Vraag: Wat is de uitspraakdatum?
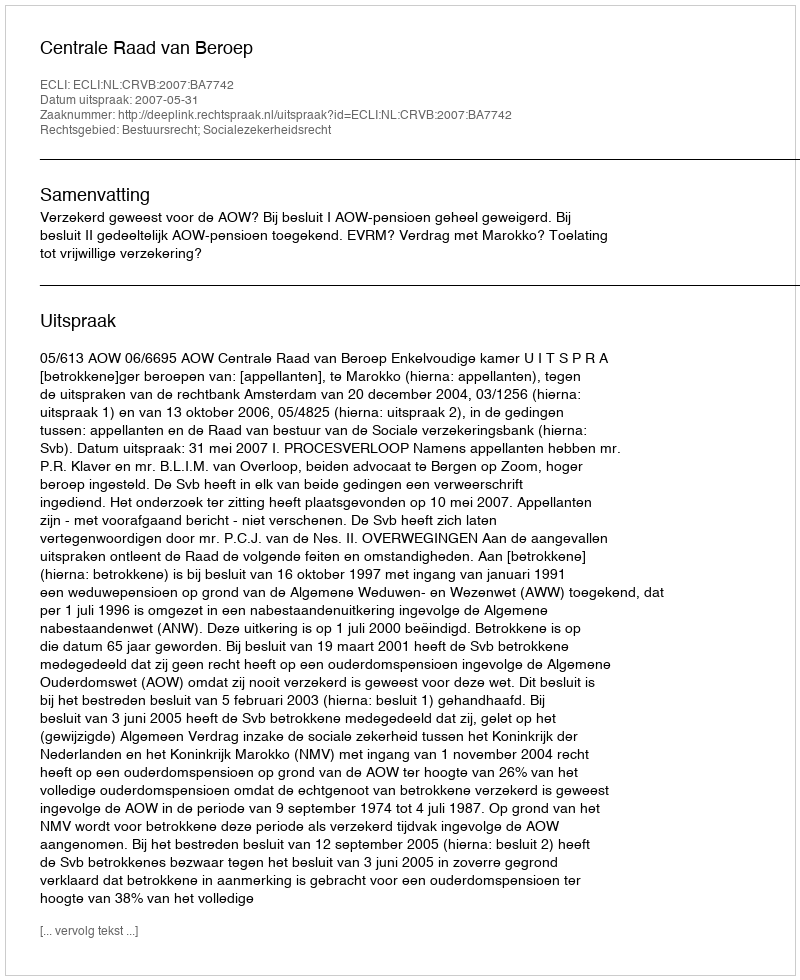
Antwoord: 2007-05-31